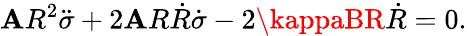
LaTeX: \mathbf{A}R^{2}\ddot{{\sigma}}+2\mathbf{A}R\dot{{R}}\dot{{\sigma}}-2\kappaBR\dot{{R}}=0.